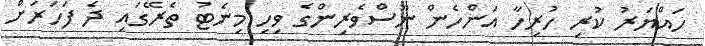
ހައްޔަރު ކުރި ހުރިހާ އަންހެން ނޫސްވެރިންގެ ވިހި މިނެޓު ތެރޭގައި ދެ ފަހަރަށް